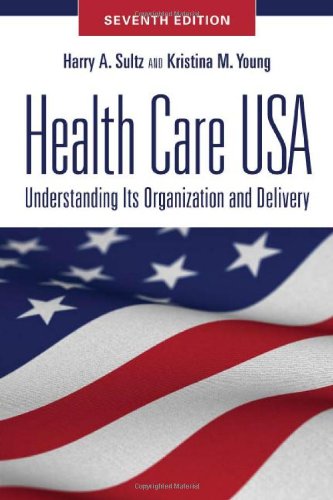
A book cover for Health Care USA: Understanding Its Organization and Delivery, Seventh Edition; Harry A. Sultz; Medical Books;